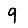
Digit: 9